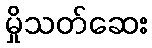
မှိုသတ်ဆေး